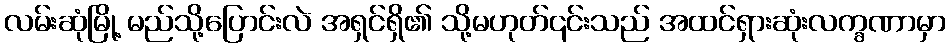
လမ်းဆုံမြို့ မည်သို့ပြောင်းလဲ အရှင်ရှိ၏ သို့မဟုတ်၎င်းသည် အထင်ရှားဆုံးလက္ခဏာမှာ